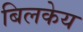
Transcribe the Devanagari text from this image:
बिलकेय